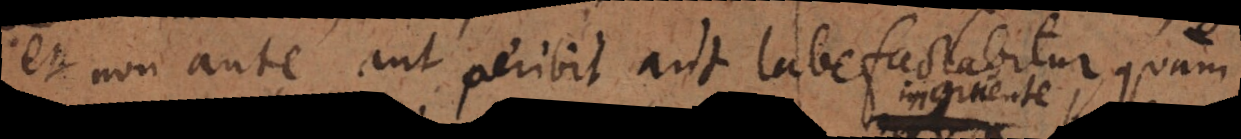
et non ante aut peribit, aut labefactabitur, quam